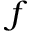
f